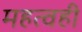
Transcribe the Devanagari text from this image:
महत्वही